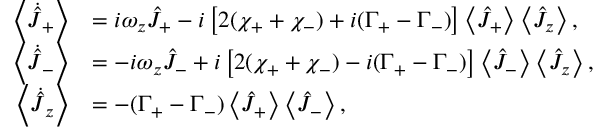
\begin{array} { r l } { \left\langle \dot { \hat { J } } _ { + } \right\rangle } & { = i \omega _ { z } \hat { J } _ { + } - i \left[ 2 ( \chi _ { + } + \chi _ { - } ) + i ( \Gamma _ { + } - \Gamma _ { - } ) \right] \left\langle \hat { J } _ { + } \right\rangle \left\langle \hat { J } _ { z } \right\rangle , } \\ { \left\langle \dot { \hat { J } } _ { - } \right\rangle } & { = - i \omega _ { z } \hat { J } _ { - } + i \left[ 2 ( \chi _ { + } + \chi _ { - } ) - i ( \Gamma _ { + } - \Gamma _ { - } ) \right] \left\langle \hat { J } _ { - } \right\rangle \left\langle \hat { J } _ { z } \right\rangle , } \\ { \left\langle \dot { \hat { J } } _ { z } \right\rangle } & { = - ( \Gamma _ { + } - \Gamma _ { - } ) \left\langle \hat { J } _ { + } \right\rangle \left\langle \hat { J } _ { - } \right\rangle , } \end{array}